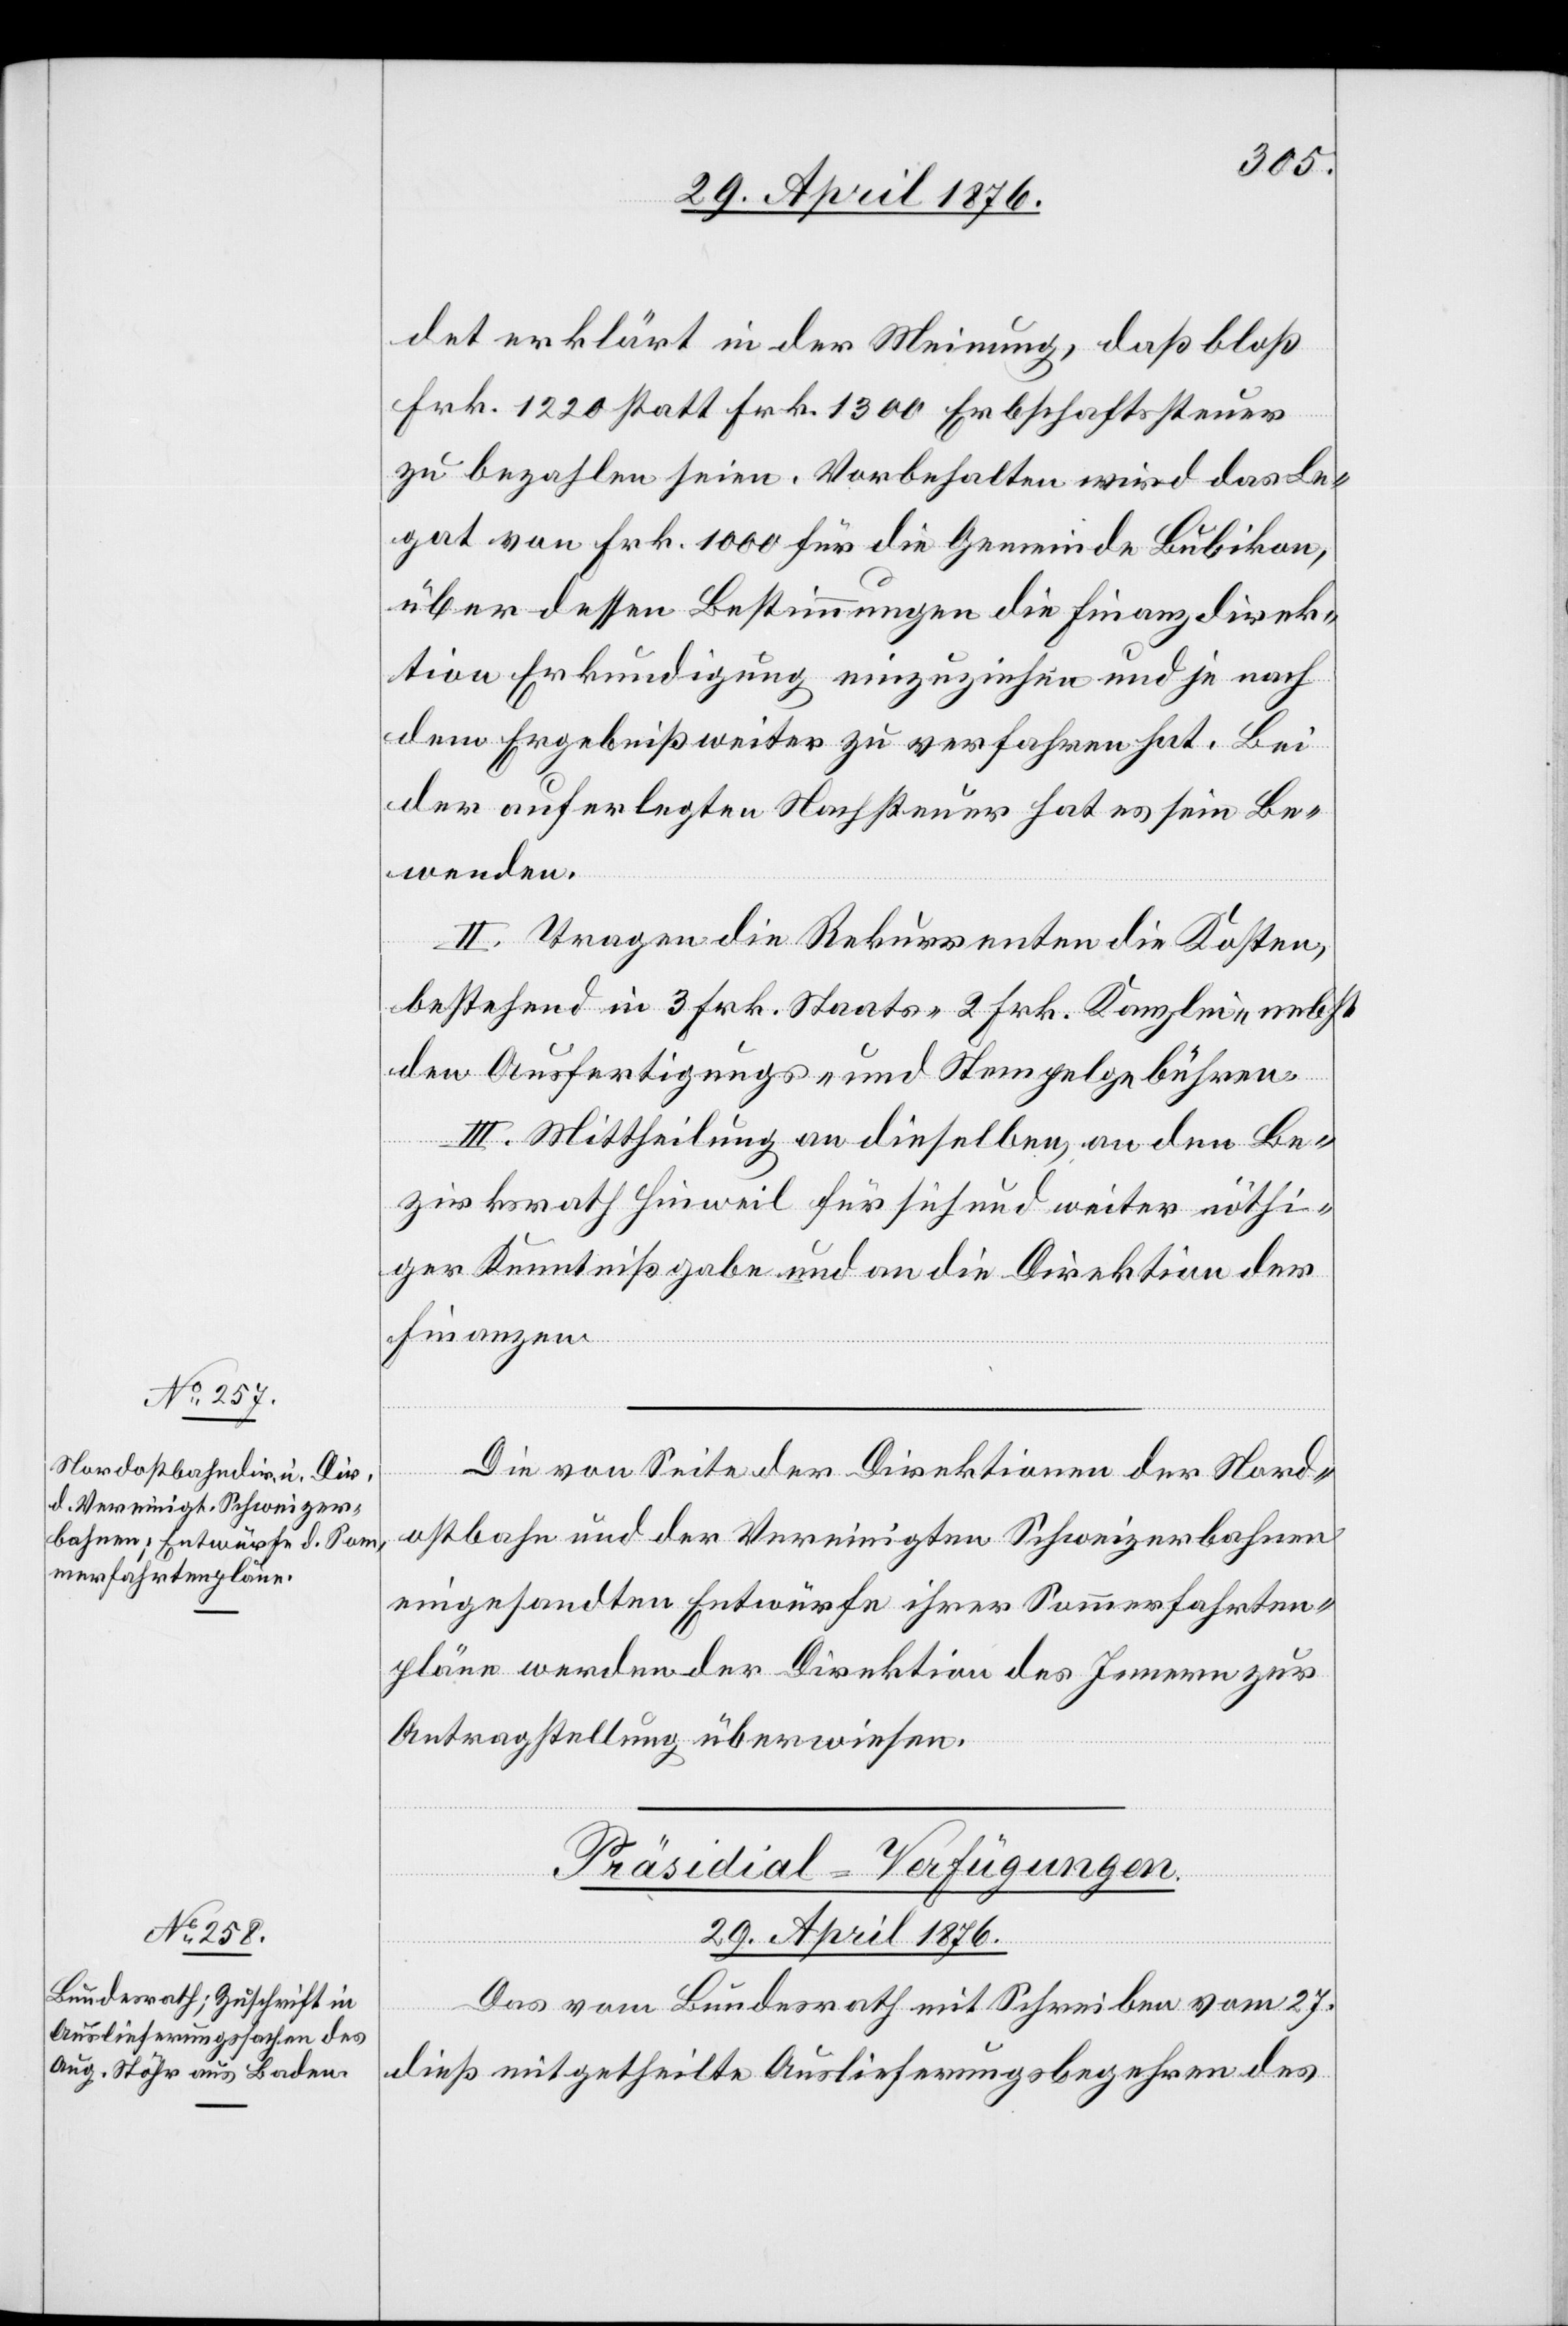
det erklärt in der Meinung, daß bloß
Frk. 1220 statt Frk. 1300 Erbschaftssteuer
zu bezahlen seien. Vorbehalten wird das Le¬
gat von Frk. 1000 für die Gemeinde Bubikon,
über dessen Bestimmungen die Finanzdirek¬
tion Erkundigung einzuziehen und je nach
dem Ergebniß weiter zu verfahren hat. Bei
der auferlegten Nachsteuer hat es sein Be¬
wenden.
II. Tragen die Rekurrenten die Kosten,
bestehend in 3 Frk. Staats- 2 Frk. Kanzlei- nebst
den Ausfertigungs- und Stempelgebühren.
III. Mittheilung an dieselben, an den Be¬
zirksrath Hinweil für sich und weiter nöthi¬
ger Kenntnißgabe und an die Direktion der
Finanzen.
Die von Seite der Direktionen der Nord¬
ostbahn und der Vereinigten Schweizerbahnen
eingesandten Entwürfe ihrer Sommerfahrten¬
pläne werden der Direktion des Innern zur
Antragstellung überwiesen.
Präsidial-Verfügungen.
29. April 1876.
Das vom Bundesrath mit Schreiben vom 27.
dieß mitgetheilte Auslieferungsbegehren des